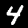
Digit: 4